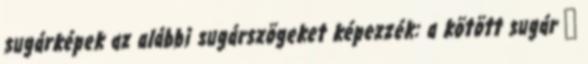
sugárképek az alábbi sugárszögeket képezzék: a kötött sugár 